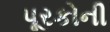
પૂરકોની